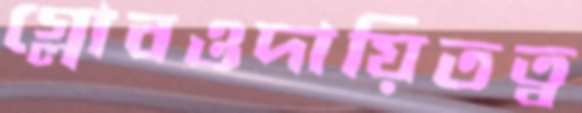
গ্লোবওদায়িতত্ব